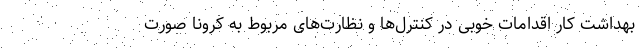
بهداشت کار اقدامات خوبی در کنترل‌ها و نظارت‌های مربوط به کرونا صورت